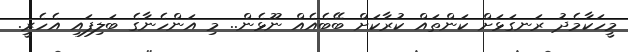
މީހަކާމެދު ރަނގަޅަށް ކަންތައް ކުރާކަށް ބޭބެއެއް ނޫޅެން.. މި އަންހެނާގެ ބަލިފައި އެހެރީ.